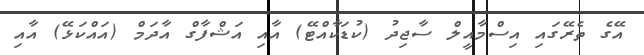
އޭގެ ތެރޭގައި އިސްމާއީލް ސާޖިދު (ކުޑަކާއްޓޭ) އާއި އަޝްފާގް އާދަމް (އައްކަޅޭ) އާއި